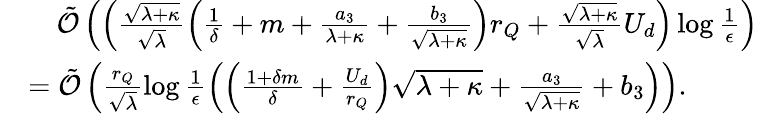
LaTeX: \begin{array}{rl}&{\quad{\tilde{\cal O}}\left(\left(\frac{\sqrt{\lambda+\kappa}}{\sqrt{\lambda}}\left(\frac{1}{\delta}+m+\frac{a_{3}}{\lambda+\kappa}+\frac{b_{3}}{\sqrt{\lambda+\kappa}}\right)r_{Q}+\frac{\sqrt{\lambda+\kappa}}{\sqrt{\lambda}}U_{d}\right)\log\frac{1}{\epsilon}\right)}\\ &{={\tilde{\cal O}}\left(\frac{r_{Q}}{\sqrt{\lambda}}\log\frac{1}{\epsilon}\left(\left(\frac{1+\delta m}{\delta}+\frac{U_{d}}{r_{Q}}\right)\sqrt{\lambda+\kappa}+\frac{a_{3}}{\sqrt{\lambda+\kappa}}+b_{3}\right)\right).}\end{array}